system: You are a helpful assistant.
user:
Analyze the provided spectrum to determine if it is a **"Cataclysmic Variables (CV)"**.

- **Key Indicators for CV (Check for either state):**
    - **State 1: Quiescent / Low-State (Emission-Dominated)**
        - **(Primary):** Strong and *very broad* Hydrogen Balmer emission lines (e.g., $H\alpha$ at 6563 Å, $H\beta$ at 4861 Å). The 'broadness' (high velocity dispersion, often FWHM > 1000 km/s) is the key diagnostic, indicating a high-velocity accretion disk.
        - **(Secondary):** Broad neutral Helium (He I) emission lines (e.g., 5876 Å, 6678 Å).
        - **(Key Confirmation):** Presence of high-excitation *ionized* Helium (He II) emission at 4686 Å. This is a strong indicator of accretion onto a white dwarf.
        - **(Line Profile):** Emission lines may exhibit a 'double-peaked' profile, which is a classic signature of a rotating accretion disk viewed at high inclination.

    - **State 2: Outburst / High-State (Absorption-Dominated)**
        - **(Primary):** Spectrum is dominated by a bright, blue continuum (looks like a hot star).
        - **(Secondary):** The emission lines from State 1 are weak, absent, or 'filled in', and are replaced by broad, shallow *absorption* lines (primarily Balmer and He I).
        - **(Morphology):** The overall spectrum mimics a hot B/A-type star. The crucial difference is that the absorption lines are significantly broader, shallower, and more 'washed-out' (or 'smeared') than the sharp lines of a normal stellar photosphere, due to high rotational speeds and pressure broadening in the disk.

Think first, call **spectral_visualization_tool** if needed to examine features in detail, then provide your final answer. Your response must adhere to the following strict rules:
1.  **Overall Structure:** Your response must follow the format `<think>...</think> <tool_call>...</tool_call> (if a tool is used) <answer>...</answer>`.
2.  **Tool Usage Constraint:** You may only make **one** tool call per turn.
3.  **Final Answer Format:** In the `<answer>` tag, your conclusion must be inside a `\boxed{}` command (e.g., `\boxed{YES}`), followed by your justification.

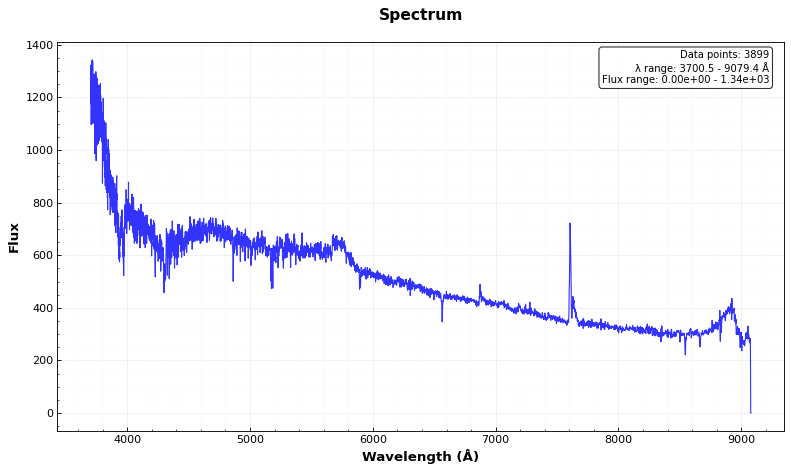
Answer: NO